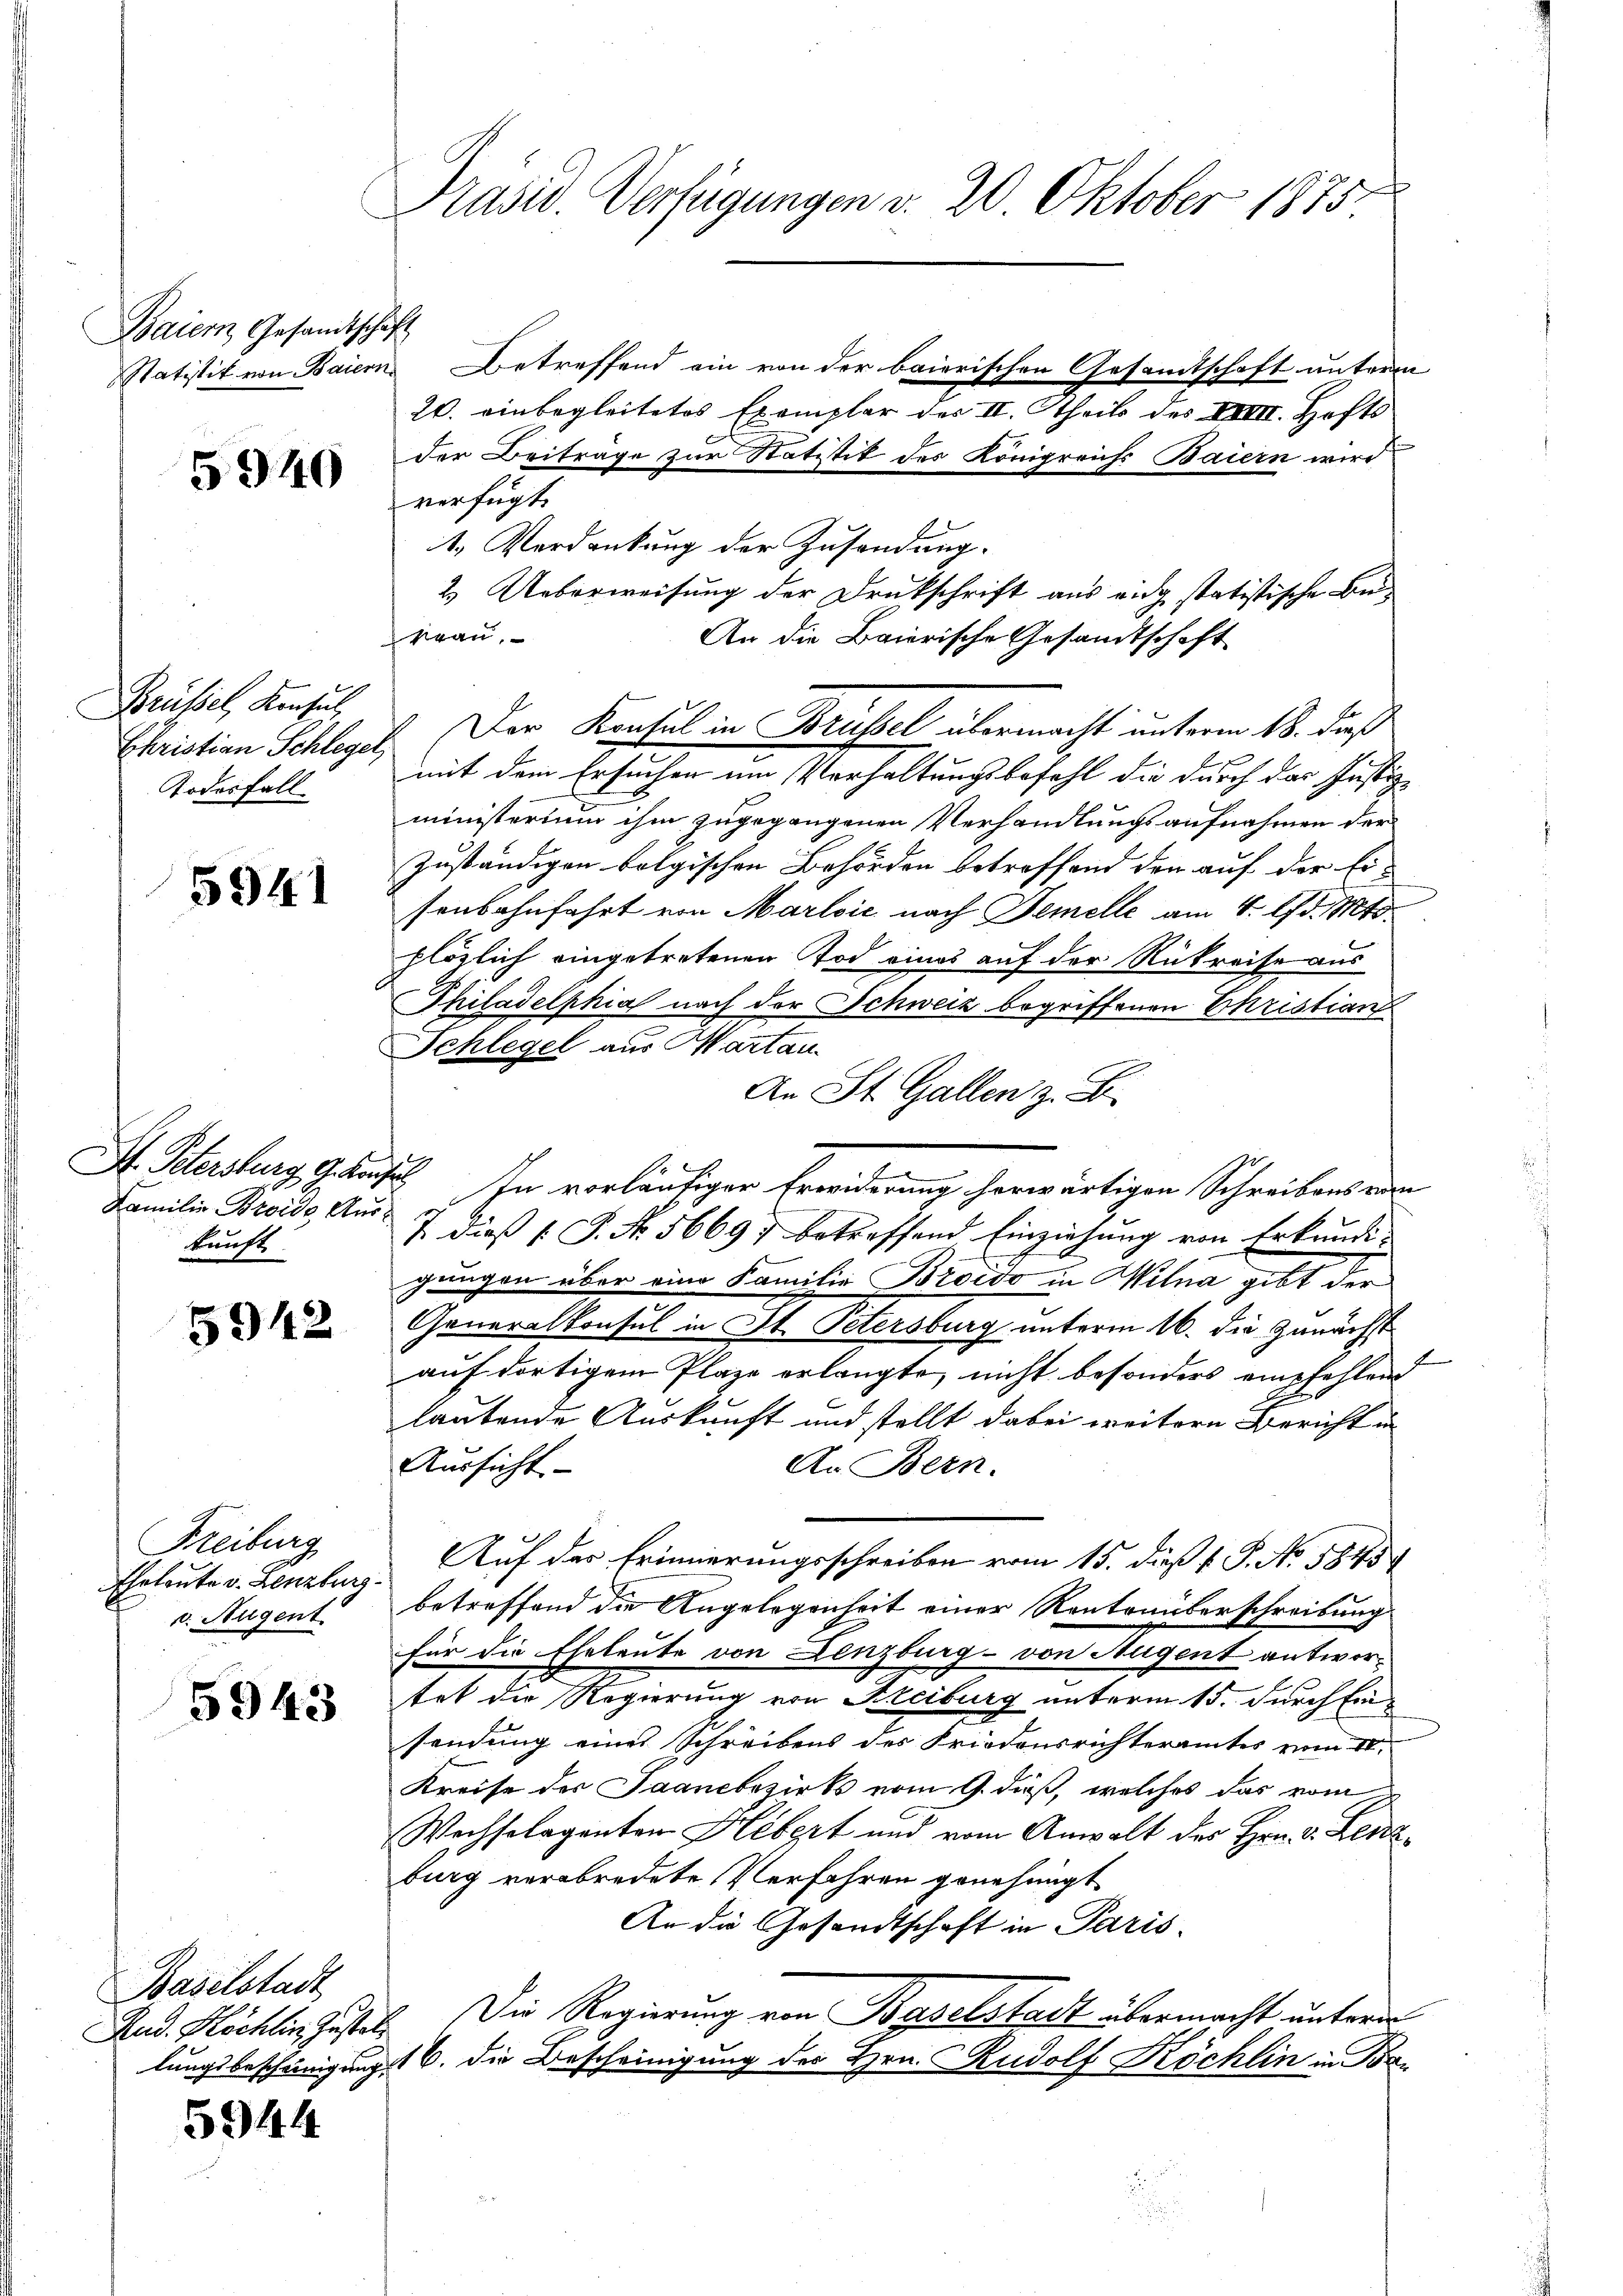
Baiern, Gesandtschaft

5940

Brüssel, Konsul
Todesfall

5941

Familie Broide Auskunft

5942

Freiburg
Eheleute v. Lenzburg
v. Augent

5943

Baselstadt

5944

Präsid. Verfügungen d. 20. Oktober 1875

Statistik von Baiern Betreffend ein von der baierischen Gesamtschaft unterm
2. einbegleitetes Exemplar der II. theils des XVIII. Hafts
der Beiträge zur Statitik des Königreichs Baiern wird
verfügt:
t. Verdankung der Zusendung.
2.) Ueberweisung der Drukschrift aus eidg statistische Beikrau,
An die Baierische Gesandtschaft
Christian Schlegel. Der Konsul in Brüssel übermacht unterm 18. dieß
mit dem Ersuchen um Verhaltungsbefehl die durch das Justiz-
ministerium ihm zugegangenen Verhandlungsaufnahmen der
zuständigen folgischen Behörden betreffend den auf der Ei-
senbahnfahrt von Marlvić nach Demelle am 4. d. Mts.
plözlich eingetretenen Tod eines auf der Rükreise aus
Philadelphia nach der Schweiz begriffenen Christian
Schlegel aus Martau
An St. Gallen z. B.
S. Petersburg, Gehaft In vorläufiger Erwiderung herwärtigen Schreibens wir
& dieß P. Nr. 5669; betreffend Einziehung von Erkundi-
gungen über eine Familie Broido in Mitna gibt der
Generalkonsul in St. Petersburg unterm 16. die Zunächst
auf dortigem Plaze erlangte, nicht besonders empfehlend
lautende Auskunft und stellt dabei weitere Bericht un
An Bern.
Aussicht
Auf der Erinnerungsschreiben vom 15. dieß P. P. No. 1845
betreffend die Angelegenheit einer Rentenüberschreibung
für die Eheleute von Lenzburg - von Augent antwortet die Regierung von Kreiburg unterm 15. durch Einsendung eines Schreibens des Friedensrichteramtes vom 20.
Kreise des Saanebezirks vom 9. dieß, welches das vom
Wechselagenten Hebert und vom Anwalt des Hrn. v. Lenzburg verabredete Verfahren genehmigt
An die Gesandtschaft in Paris
Rud. Köchlin Zustet. Die Regierung von Baselstadt übermacht unterm
lungsbescheinigung 16. die Bescheinigung des Hrn. Rudolf Rochlin in Bor¬